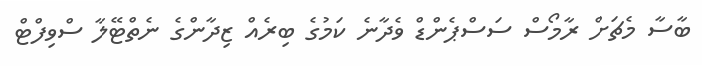
ބާސާ މެޗަށް ރާމޯސް ސަސްޕެންޑް ވެދާނެ ކަމުގެ ބިރެއް ޒިދާންގެ ނެތްޓޭލާ ސްވިފްޓް